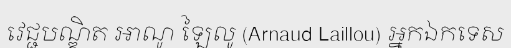
វេជ្ជបណ្ឌិត អាណូ ឡៃលូ (Arnaud Laillou) អ្នកឯកទេស